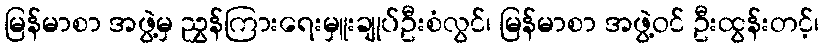
မြန်မာစာ အဖွဲ့မှ ညွှန်ကြားရေးမှူးချုပ်ဦးစံလွင်၊ မြန်မာစာ အဖွဲ့ဝင် ဦးထွန်းတင့်၊